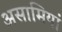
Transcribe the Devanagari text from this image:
असामियां